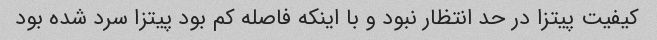
کیفیت پیتزا در حد انتظار نبود و با اینکه فاصله کم بود پیتزا سرد شده بود